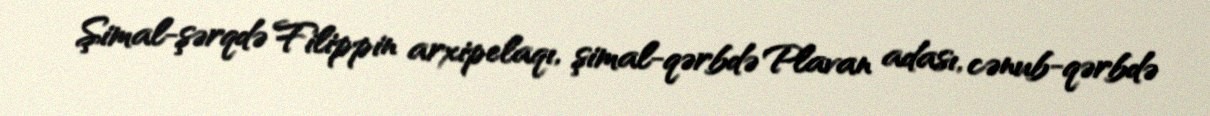
Şimal-şərqdə Filippin arxipelaqı, şimal-qərbdə Plavan adası, cənub-qərbdə